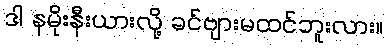
ဒါ နမိုးနီးယားလို့ ခင်ဗျားမထင်ဘူးလား။